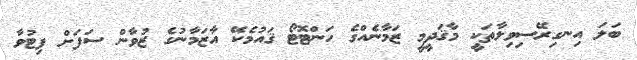
ބަލަ އިނގިރޭސިވިލާތަކީ މާޤަދީމީ ޒަމާނެއްގެ ހަންޓޮޓޯ ޤައުމެކޭ އާޒަމާނުގެ ޒުވާން ސަފަށް ފިޓުވާ